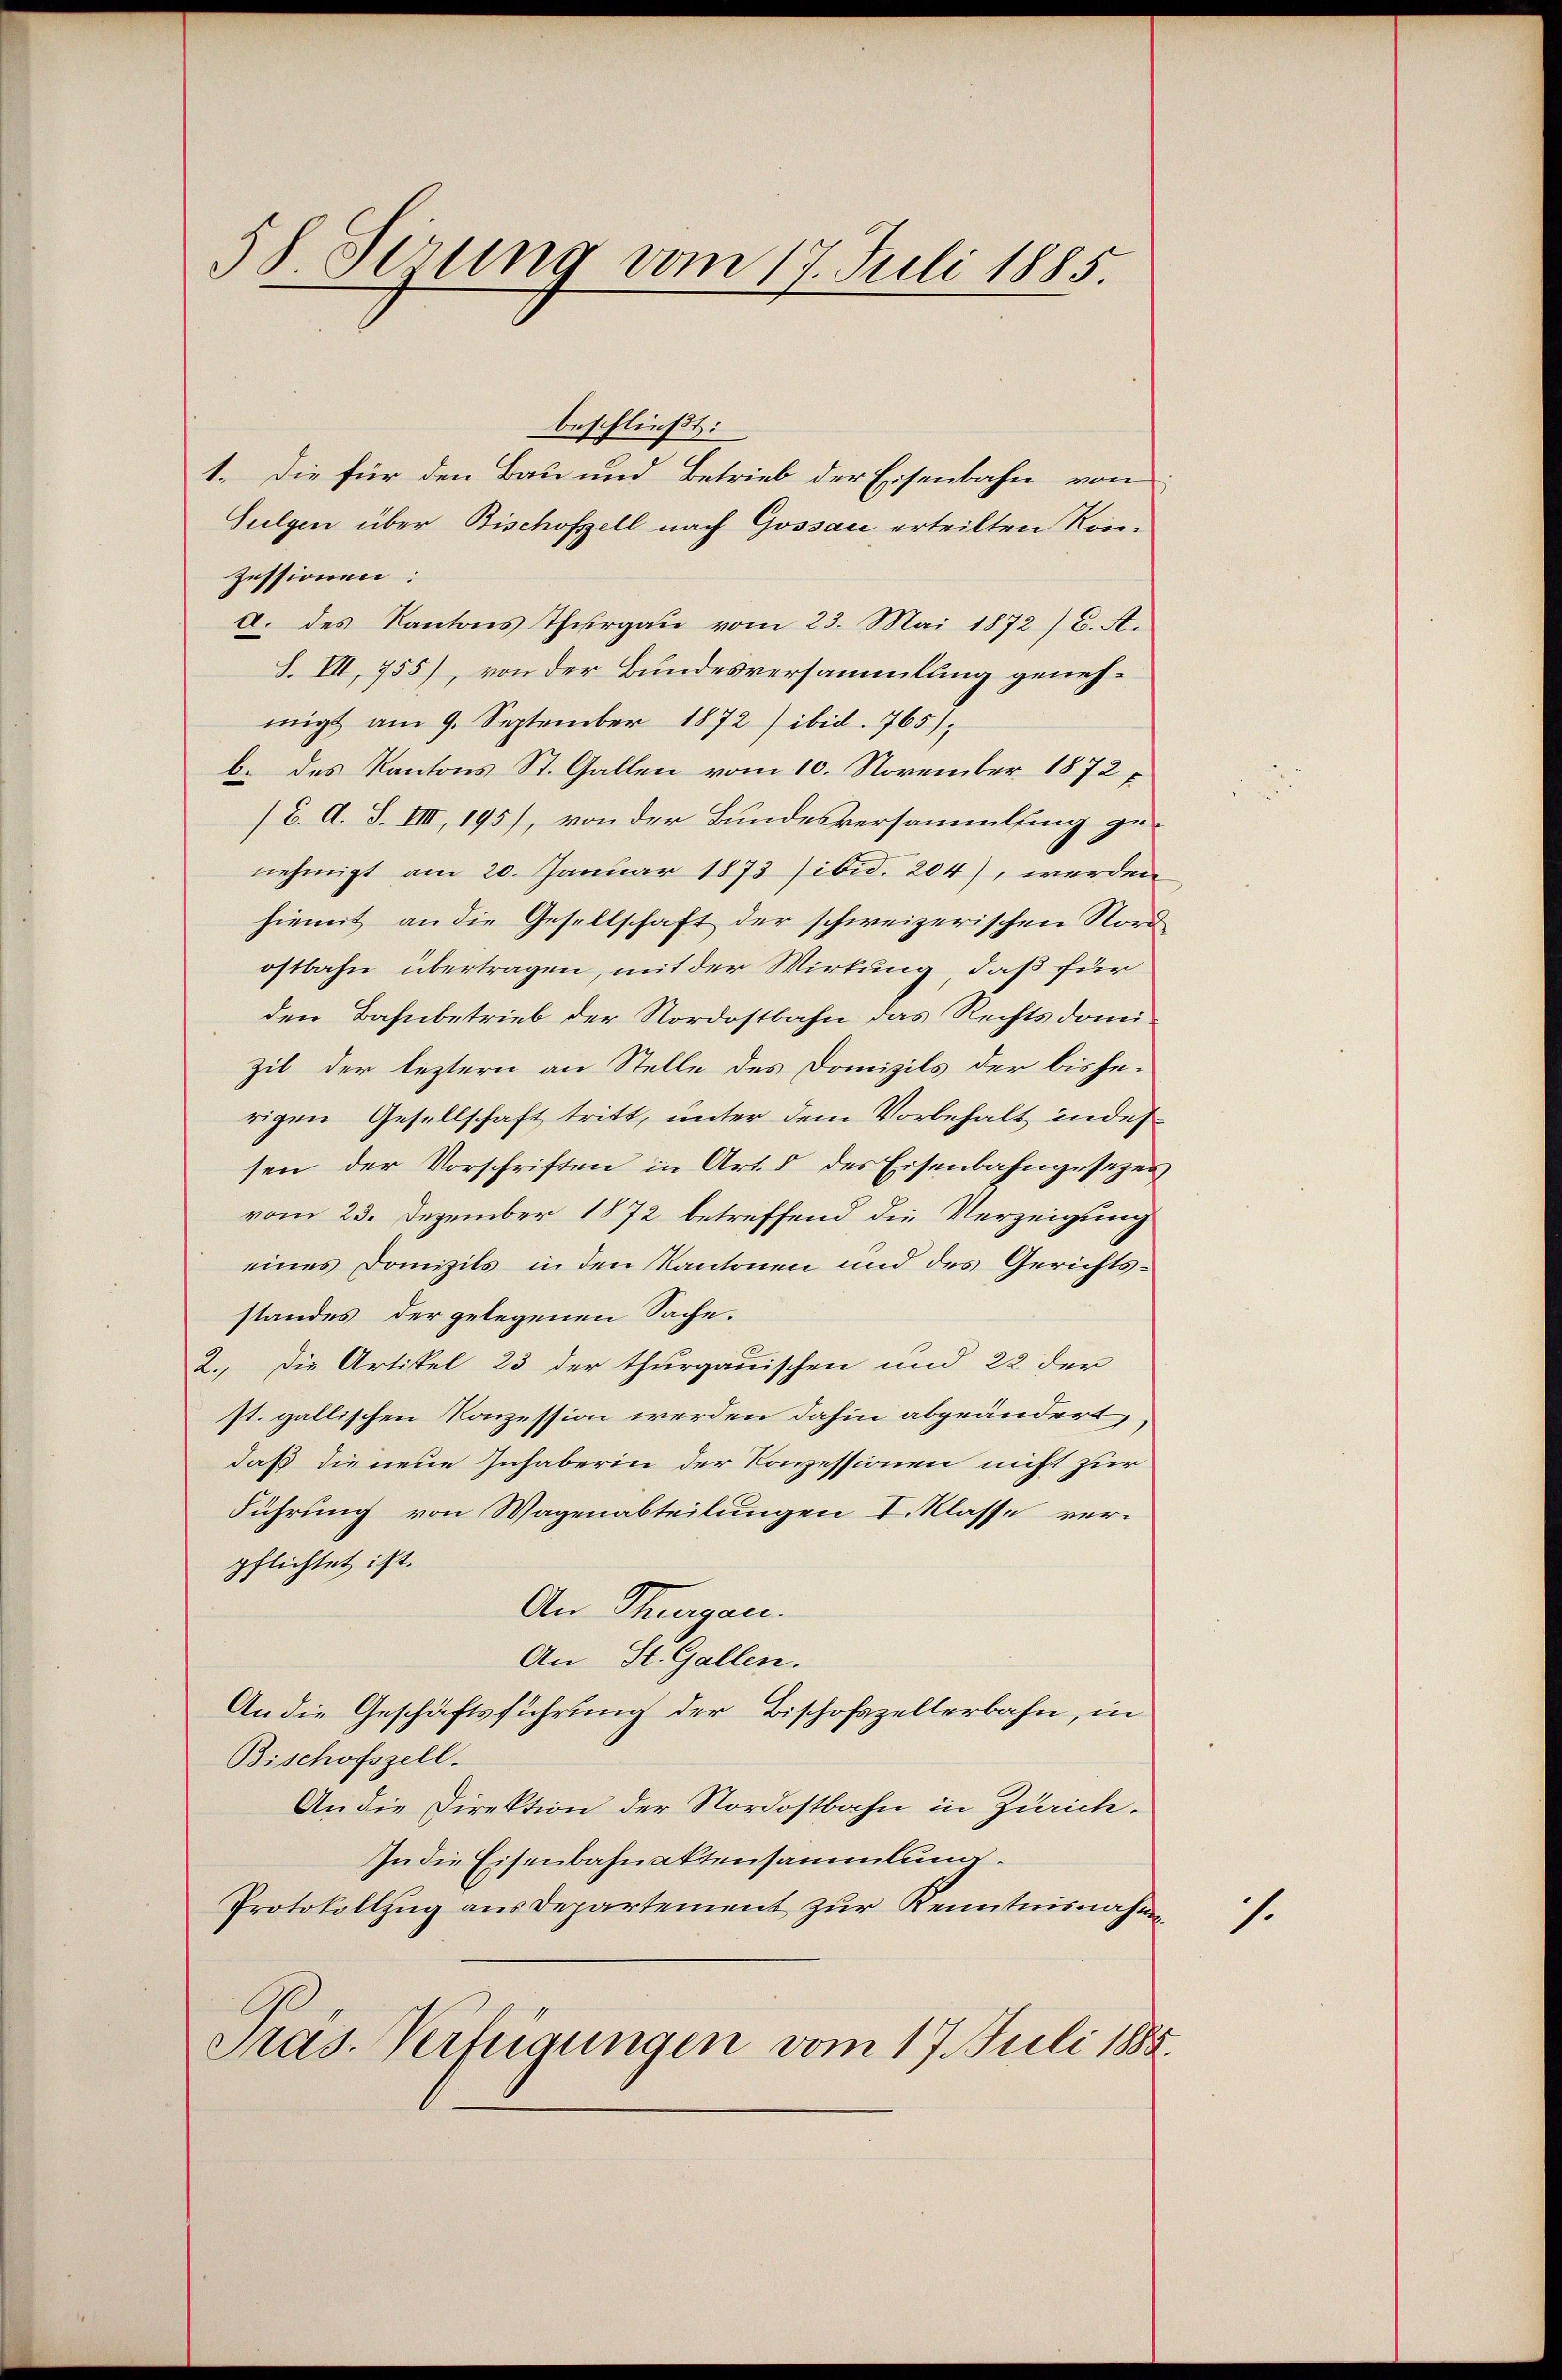
58 Sirung vom 17. Juli 1885.

beschließt:
1. Die für den Bau und Betrieb der Eisenbahn von
Sulgen über Bischofzell nach Gossau erteilten Konzessionen:
a. des Kantons Thurgau vom 23. Mai 1872) C. A.
S. VII, 755), von der Bundesversammlung genehmigt am 9. September 1872 ibid. 765),
b. des Kantons St. Gallen vom 10. November 1872 f
/B. A. S. IIII, 195), von der Bundesversammlung zunehmigt am 20. Januar 1873 sibid. 204), werden
hiemit an die Gesellschaft der schweizerischen Norostbahn übertragen, mit der Wirkung, daß für
den Bahnbetrieb der Nordostbahn das Rechts domizil der leztern an Stelle des Domizils der bisherigen Gesellschaft tritt, unter dem Vorbehalt indes
sen der Vorschriften in Art. 5 des Eisenbahngesezen
vom 23. Dezember 1872 betreffend die Verzeigung
eines Domizils in den Kantonen und des Gerichtsstandes der gelegenen Sache.
2.) Die Artikel 23 der thurgauischen und 22 der
st. gallischen Konzession werden dahin abgeändert,
daß die neue Inhaberin der Konzessionen nicht zur
Führung von Wagenabteilungen I. Klasse ver-
pflichtet ist.
An Thurgau.
An St. Gallen.
An die Geschäftsführung der Bischofszellerbahn, in
Bischofszell.
An die Direktion der Nordostbahn in Zürich.
In die Eisenbahnaktensammlung.
Protokollzug aus Departement zur Kenntnisnahme
Pras. Verfügungen vom 17. Juli 188

1.